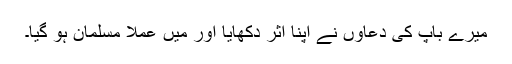
میرے باپ کی دعاؤں نے اپنا اثر دکھایا اور میں عملاً مسلمان ہو گیا۔